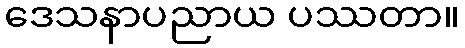
ဒေသနာပညာယ ပဿတာ။